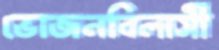
ভোজনবিলাসী